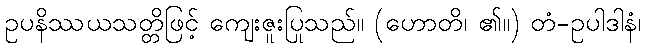
ဥပနိဿယသတ္တိဖြင့် ကျေးဇူးပြုသည်။ (ဟောတိ၊ ၏။) တံ-ဥပါဒါနံ၊